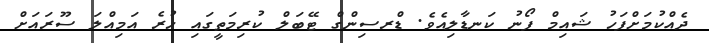
ދެއްކުމަށްފަހު ޝައިމް ފޯނު ކަނޑާލިއެވެ. ޑްރސިންގް ޓޭބަލް ކުރިމަތީގައި ހުރެ އަމިއްލަ ސޫރައަށް